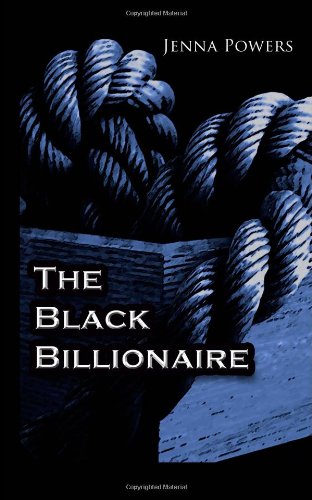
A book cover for The Black Billionaire; Jenna Powers; Romance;